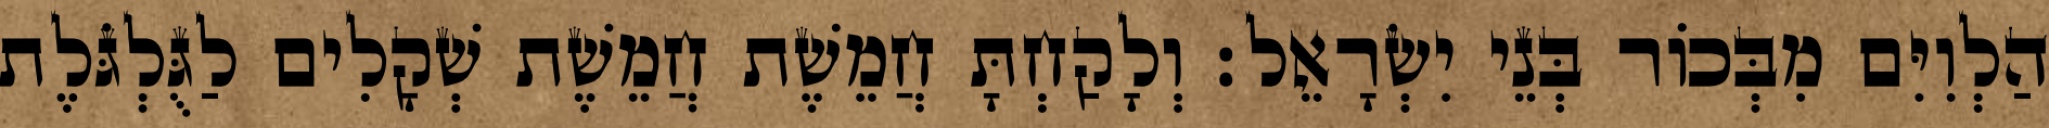
הַלְוִיִּם מִבְּכוֹר בְּנֵי יִשְׂרָאֵל׃ וְלָקַחְתָּ חֲמֵשֶׁת חֲמֵשֶׁת שְׁקָלִים לַגֻּלְגֹּלֶת